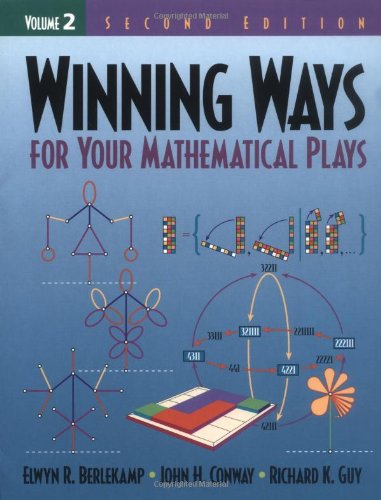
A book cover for Winning Ways for Your Mathematical Plays, Vol. 2; Elwyn R. Berlekamp; Science & Math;